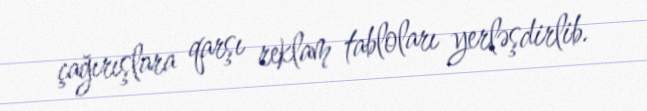
çağırışlara qarşı reklam tabloları yerləşdirlib.